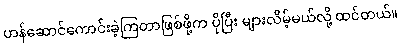
ဟန်ဆောင်ကောင်းခဲ့ကြတာဖြစ်ဖို့က ပိုပြီး များလိမ့်မယ်လို့ ထင်တယ်။